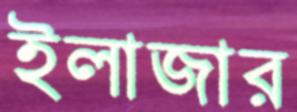
ইলাজার